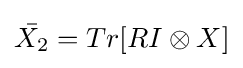
{\bar {X_{2}}}=Tr[RI\otimes X]